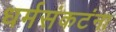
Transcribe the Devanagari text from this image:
धर्मसंकटंना